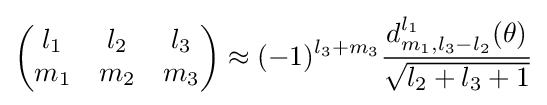
{\begin{pmatrix}l_{1}&l_{2}&l_{3}\\m_{1}&m_{2}&m_{3}\end{pmatrix}}\approx (-1)^{l_{3}+m_{3}}{\frac {d_{m_{1},l_{3}-l_{2}}^{l_{1}}(\theta )}{\sqrt {l_{2}+l_{3}+1}}}